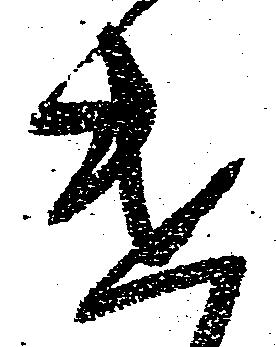
遣